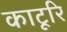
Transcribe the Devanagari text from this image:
काटूरि